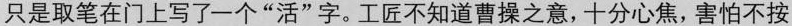
只是取笔在门上写了一个”活”字。工匠不知道曹操之意，十分心焦，害怕不按